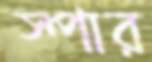
স্পার